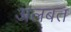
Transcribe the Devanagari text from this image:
अलबत